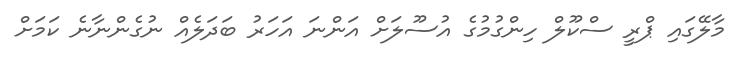
މާލޭގައި ޕްރީ ސްކޫލް ހިންގުމުގެ އުސޫލަށް އަންނަ އަހަރު ބަދަލެއް ނުގެންނާނެ ކަމަށް